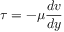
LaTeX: \tau = - \mu { \frac { d v } { d y } }